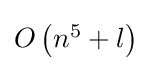
{\textstyle O\left(n^{5}+l\right)}